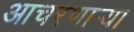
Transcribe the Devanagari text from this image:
आचरणार्‍या